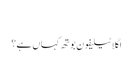
‬
‫اگلا ٹیلیفون بوتھ کہاں ہے؟